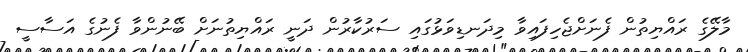
މާލޭގެ ރައްޔިތުން ފެނަށްޖެހިފައިވާ މިދަނޑިވަޅުގައި ސަރުކާރުން ދަނީ ރައްޔިތުނަށް ބޭނުންވާ ފެނުގެ އަސާސީ